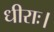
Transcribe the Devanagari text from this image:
धीराः।